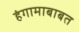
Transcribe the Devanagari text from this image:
हंगामाबाबत